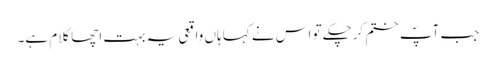
جب آپؐ ختم کرچکے تو اس نے کہا ہاں واقعی یہ بہت اچھا کلام ہے۔